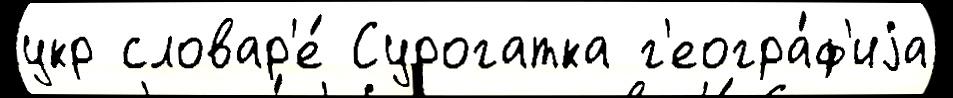
укр словар'е́ Сурогатка г'еогра́ф'иjа